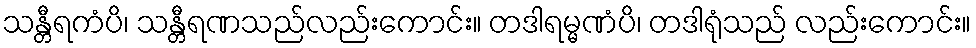
သန္တီရကံပိ၊ သန္တီရဏသည်လည်းကောင်း။ တဒါရမ္မဏံပိ၊ တဒါရုံသည် လည်းကောင်း။